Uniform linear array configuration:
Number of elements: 48
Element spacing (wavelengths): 0.75
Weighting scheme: blackman
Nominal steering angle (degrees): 60
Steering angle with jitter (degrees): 59.632
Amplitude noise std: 0.05
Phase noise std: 0.05

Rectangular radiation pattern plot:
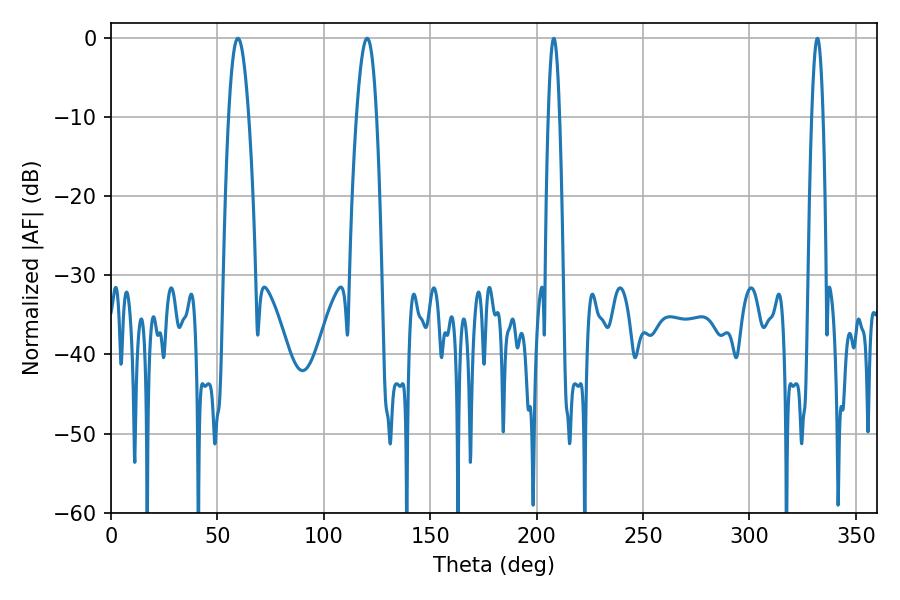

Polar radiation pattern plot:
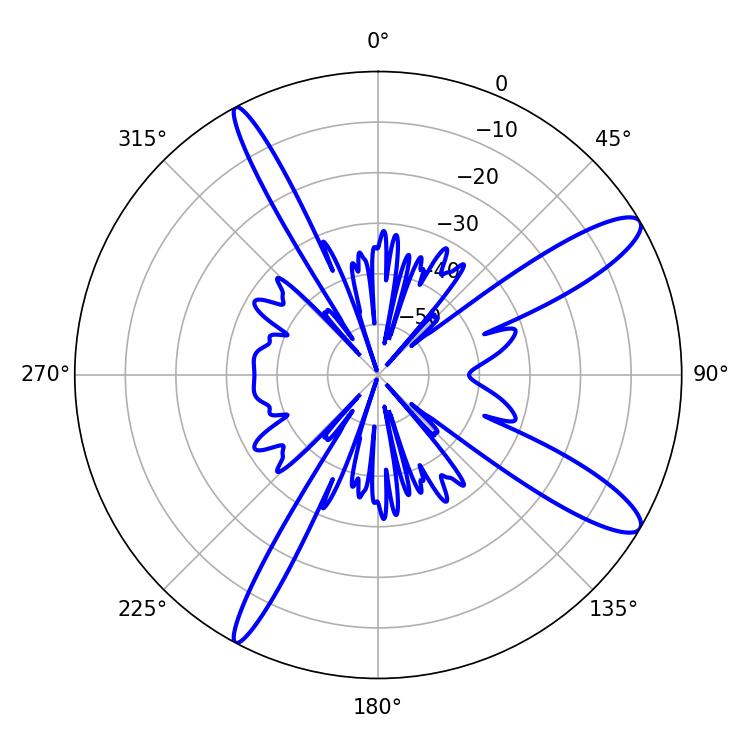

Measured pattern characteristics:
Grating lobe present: TRUE
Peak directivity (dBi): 12.34
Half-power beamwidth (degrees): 2.88
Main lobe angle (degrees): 208.08